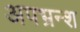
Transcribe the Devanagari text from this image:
अपभ्रन्‍श